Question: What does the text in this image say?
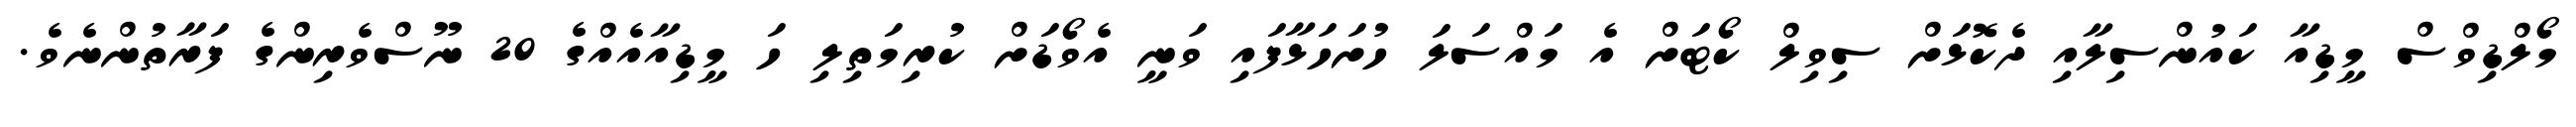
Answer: މޯލްޑިވްސް މީޑިއާ ކައުންސިލާއި ދެކޮޅަށް ސިވިލް ކޯޓަށް އެ މައްސަލަ ހުށަހަޅާފައި ވަނީ އެވޯޑަށް ކުރިމަތިލި ހަ މީޑިއާއެއްގެ 20 ނޫސްވެރިންގެ ފަރާތުންނެވެ.